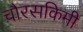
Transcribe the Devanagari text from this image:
चौरसकिमी